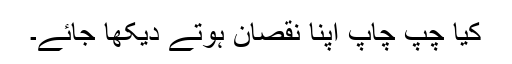
کیا چپ چاپ اپنا نقصان ہوتے دیکھا جائے۔